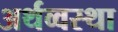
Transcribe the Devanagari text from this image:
अर्थव्वस्था